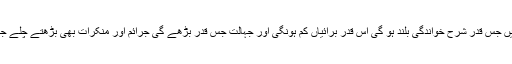
معاشرہ میں جس قدر شرح خواندگی بلند ہو گی اس قدر برائیاں کم ہونگی اور جہالت جس قدر بڑھے گی جرائم اور منکرات بھی بڑھتے چلے جائیں گے ۔